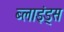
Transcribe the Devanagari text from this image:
ब्लाइंड्स